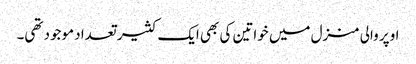
اوپر والی منزل میں خواتین کی بھی ایک کثیر تعداد موجود تھی۔